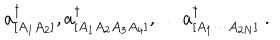
a _ { [ A _ { 1 } A _ { 2 } ] } ^ { \dagger } , a _ { [ A _ { 1 } A _ { 2 } A _ { 3 } A _ { 4 } ] } ^ { \dagger } , \dots a _ { [ A _ { 1 } \cdots A _ { 2 N } ] } ^ { \dagger } \; .